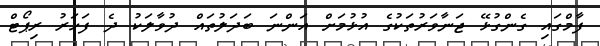
ފާމްގައި ގެންގުޅޭ ޖަނާވަރުތަކުގެ އުޅުމަށް އަންނަ ބަދަލުތައް ދުވާލަކު ދެ ފަހަރު ރިޕޯޓް